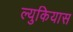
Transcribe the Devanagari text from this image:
ल्युकियास